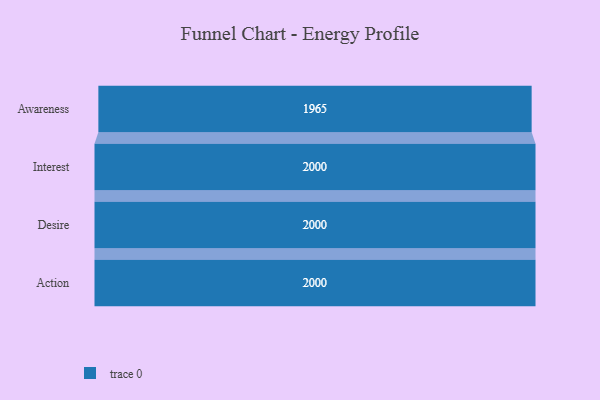
{"axis": {"x": "Stage", "y": "Value"}, "legend": [""], "data": [{"x": "Awareness", "y": 1965.0, "type": ""}, {"x": "Interest", "y": 2000, "type": ""}, {"x": "Desire", "y": 2000, "type": ""}, {"x": "Action", "y": 2000, "type": ""}]}